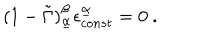
( 1 - \tilde { \Gamma } ) _ { \underline { { { \alpha } } } } ^ { \beta } \epsilon _ { c o n s t } ^ { \underline { { { \alpha } } } } = 0 \ .